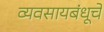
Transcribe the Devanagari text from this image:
व्यवसायबंधूचें